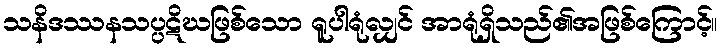
သနိဒဿနသပ္ပဋိဃဖြစ်သော ရူပါရုံလျှင် အာရုံရှိသည်၏အဖြစ်ကြောင့်။